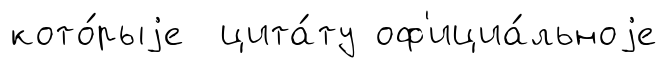
кото́рыjе цита́ту оф'ициа́льноjе